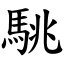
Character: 駣